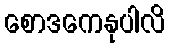
စောဒကေနုပါလိ